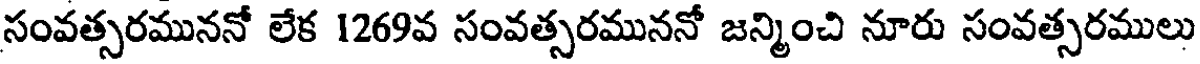
సంవత్సరముననో లేక 1269వ సంవత్సరముననో జన్మించి నూరు సంవత్సరములు